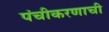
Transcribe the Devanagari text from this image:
पंचीकरणाची